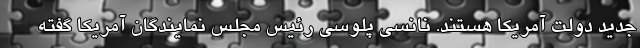
جدید دولت آمریکا هستند. نانسی پلوسی رئیس مجلس نمایندگان آمریکا گفته